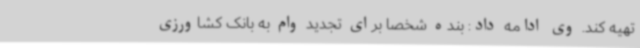
تهیه کند. وی ادامه داد: بنده شخصاً برای تجدید وام به بانک کشاورزی